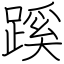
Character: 蹊